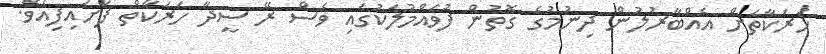
ހަރަކާތަށް އެއްބާރުލުން ދިނުމުގެ ގޮތުން ފުވައްމުލަކުގައި ވެސް ރޭ ސީދާ ހަރަކާތް ފަށައިފިއެވެ.